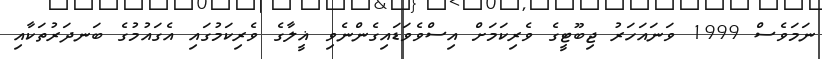
ނަމަވެސް 1999 ވަނައަހަރު ޖިބޫޓީގެ ވެރިކަމަށް އިސްވެވަޑައިގެންނެވި ޣީލާގެ ވެރިކަމުގައި އެގައުމުގެ ބަނދަރުތަކާއި